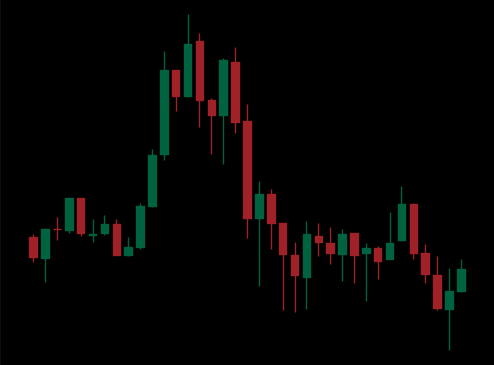
Pattern: head_shoulders